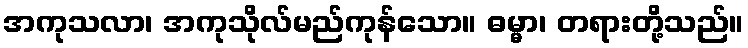
အကုသလာ၊ အကုသိုလ်မည်ကုန်သော။ ဓမ္မာ၊ တရားတို့သည်။